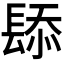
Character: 𫔗